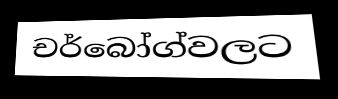
චර්බෝග්වලට